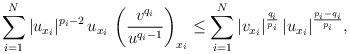
LaTeX: \begin{align*}\sum_{i=1}^N |u_{x_i}|^{p_i-2}\, u_{x_i}\, \left(\frac{v^{q_i}}{u^{q_i-1}}\right)_{x_i}\le \sum_{i=1}^N |v_{x_i}|^\frac{q_i}{p_i}\, |u_{x_i}|^\frac{p_i-q_i}{p_i},\end{align*}